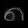
Digit: ၈